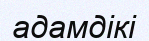
адамдікі